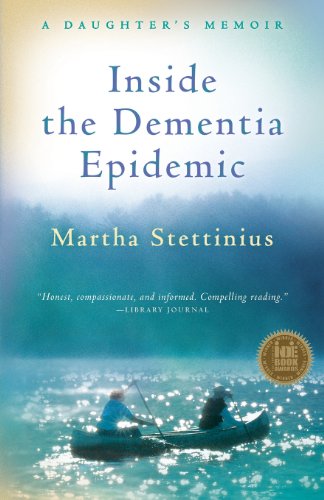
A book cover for Inside the Dementia Epidemic: A Daughter's Memoir; Martha Stettinius; Parenting & Relationships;